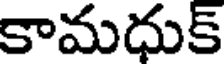
కామధుక్